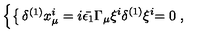
\left\{ \begin{cases} { \delta ^ { ( 1 ) } x _ { \mu } ^ { i } } & { = i \bar { \epsilon _ { 1 } } \Gamma _ { \mu } \xi ^ { i } } \\ { \delta ^ { ( 1 ) } \xi ^ { i } } & { = 0 } \\ \end{cases} \right. ,